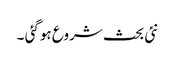
نئی بحث شروع ہوگئی ۔